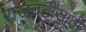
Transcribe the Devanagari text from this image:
राजवटीसाठी